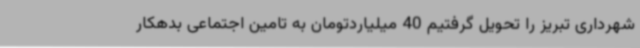
شهرداری تبریز را تحویل گرفتیم 40 میلیاردتومان به تامین اجتماعی بدهکار